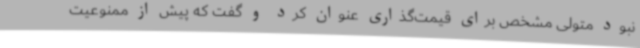
نبود متولی مشخص برای قیمت‌گذاری عنوان کرد و گفت که پیش از ممنوعیت